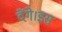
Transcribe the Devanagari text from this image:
देंगे।इस